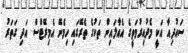
ސައުދިއާ އަކީ މެދުއިރުމަތީގެ އެއާލައިން ތަކުގެ ތެރޭގައި ހިމެނޭ އެމިރޭޓްސް އަދި ގަތަރު